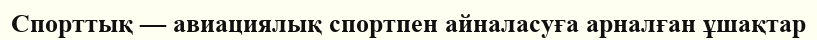
Спорттық — авиациялық спортпен айналасуға арналған ұшақтар